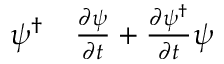
\begin{array} { r l } { \psi ^ { \dagger } } & { { } \frac { \partial \psi } { \partial t } + \frac { \partial \psi ^ { \dagger } } { \partial t } \psi } \end{array}